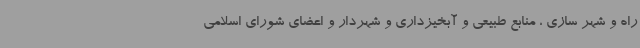
راه و شهر سازی ، منابع طبیعی و آبخیزداری و شهردار و اعضای شورای اسلامی